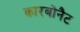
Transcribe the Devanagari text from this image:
कारबोनैट